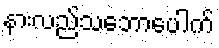
နားလည်သဘောပေါက်